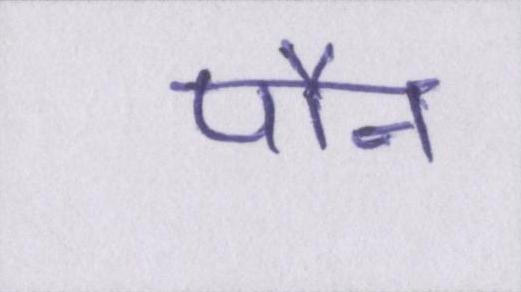
पौन